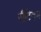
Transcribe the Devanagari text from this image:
सैटिवम